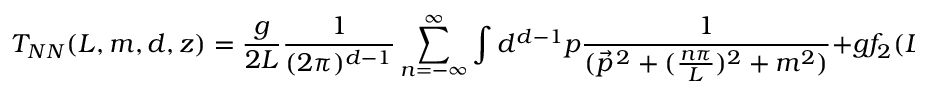
T _ { N N } ( L , m , d , z ) = \frac { g } { 2 L } \frac { 1 } { ( 2 \pi ) ^ { d - 1 } } \sum _ { n = - \infty } ^ { \infty } \int d ^ { d - 1 } p \frac { 1 } { ( \vec { p } ^ { \, 2 } + ( \frac { n \pi } { L } ) ^ { 2 } + m ^ { 2 } ) } + g f _ { 2 } ( L , m , d , z ) .